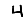
Digit: 4